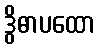
ဒွိဓာပထော